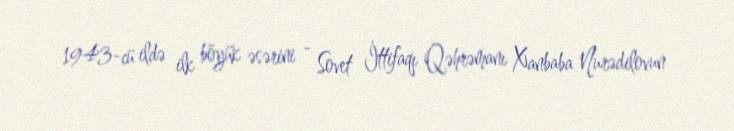
1943-cü ildə ilk böyük əsərini - Sovet İttifaqı Qəhrəmanı Xanbaba Nurədilovun